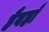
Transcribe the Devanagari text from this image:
हैवहाँ